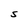
Character: S